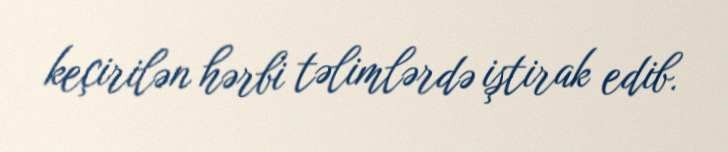
keçirilən hərbi təlimlərdə iştirak edib.